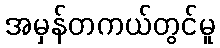
အမှန်တကယ်တွင်မူ